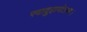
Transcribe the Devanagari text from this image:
स्वादुहायोऽया।